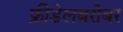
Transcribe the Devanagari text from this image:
फ्रीडेलबरोबर